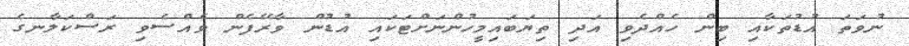
ނުވަތަ އުޑުތަކާއި ބިން ހެއްދެވި އަދި ތިޔަބައިމީހުންނަށްޓަކައި އުޑުން ވާރޭފެން ވެއްސެވި ރަސްކަލާނގެ